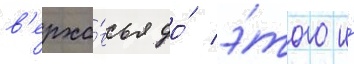
в'ерхо́вья до́ э́того и́